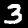
Digit: 3